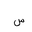
Letter: _sin